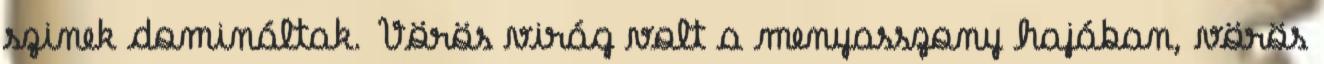
szinek domináltak. Vörös virág volt a menyasszony hajában, vörös